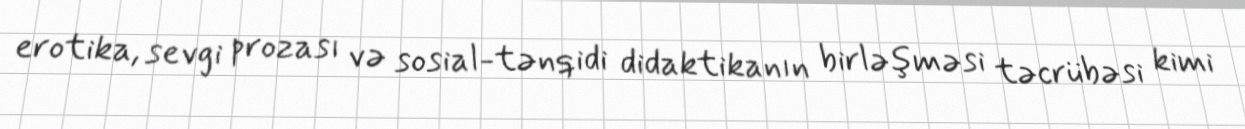
erotika, sevgi prozası və sosial-tənqidi didaktikanın birləşməsi təcrübəsi kimi